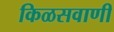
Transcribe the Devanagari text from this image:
किळसवाणी